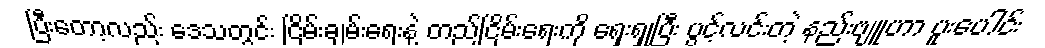
ပြီးတော့လည်း ဒေသတွင်း ငြိမ်းချမ်းရေးနဲ့ တည်ငြိမ်းရေးကို ရှေးရှုပြီး ပွင့်လင်းတဲ့ နည်းဗျူဟာ ပူးပေါင်း